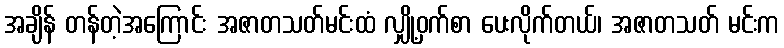
အချိန် တန်တဲ့အကြောင်း အဇာတသတ်မင်းထံ လျှို့ဝှက်စာ ပေးလိုက်တယ်၊ အဇာတသတ် မင်းက